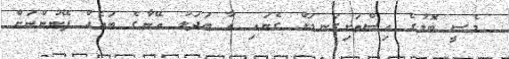
މެސީ ބޮލުގެ އިސްތަށިގަނޑަށް ގެނައި އާ ބަދަލު އޭނާގެ ބައެއް ފޭނުންނަށް